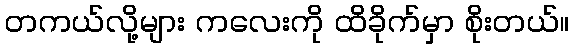
တကယ်လို့များ ကလေးကို ထိခိုက်မှာ စိုးတယ်။